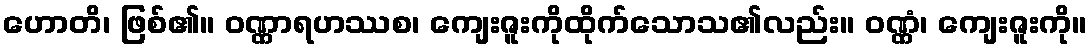
ဟောတိ၊ ဖြစ်၏။ ဝဏ္ဏာရဟဿစ၊ ကျေးဇူးကိုထိုက်သောသ၏လည်း။ ဝဏ္ဏံ၊ ကျေးဇူးကို။